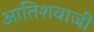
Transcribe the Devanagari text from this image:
आतिशवाजी